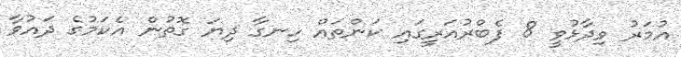
އުމަރު ވިދާޅުވީ 8 ފެބްރުއަރީގައި ކަންތައް ހިނގާ ދިޔަ ގޮތުން އެކަމުގެ ދައުވާ